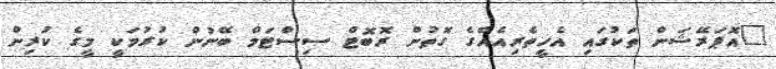
"އޮޕަރޭޝަން ތަކުގައި އެހީތެރިއެއްގެ ގޮތުން ރޮބޮޓް ސިސްޓަމް ބޭނުން ކުރުމަކީ މީގެ ކުރިން